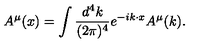
{ A ^ { \mu } } ( x ) = \int { \frac { d ^ { 4 } k } { ( 2 \pi ) ^ { 4 } } } e ^ { - i k \cdot x } { A ^ { \mu } } ( k ) .